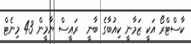
ކާސްޓްރޯ އަކީ ޒަމާނީ ކިއުބާގެ ބާނީ  ރައީސް ޔާމީން 43 މިނެޓް